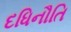
દધિનૌતિ